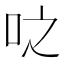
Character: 𫩝